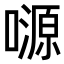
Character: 𡀶